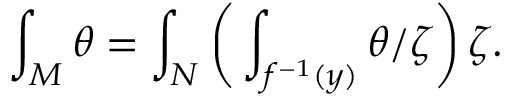
\int _ { M } \theta = \int _ { N } { \bigg ( } \int _ { f ^ { - 1 } ( y ) } \theta / \zeta { \bigg ) } \, \zeta .